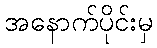
အနောက်ပိုင်းမှ